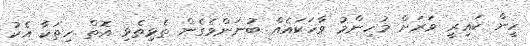
ހީން ކައިރީ ވަރަށް މުހިންމު ވާހަކައެއް ބުނަންވެގެން ތެޅިތެޅި އޮތް ހިތަކާ އެކު